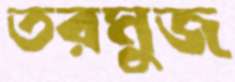
তরমুজ